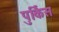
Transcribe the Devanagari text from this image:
पुर्किस